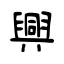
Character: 興